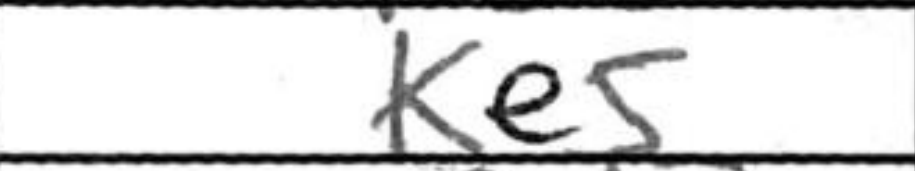
Transcription: Ke5